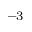
^ { - 3 }